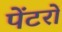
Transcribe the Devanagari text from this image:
पेंटरों